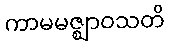
ကာမမဇ္ဈာဝသတိ